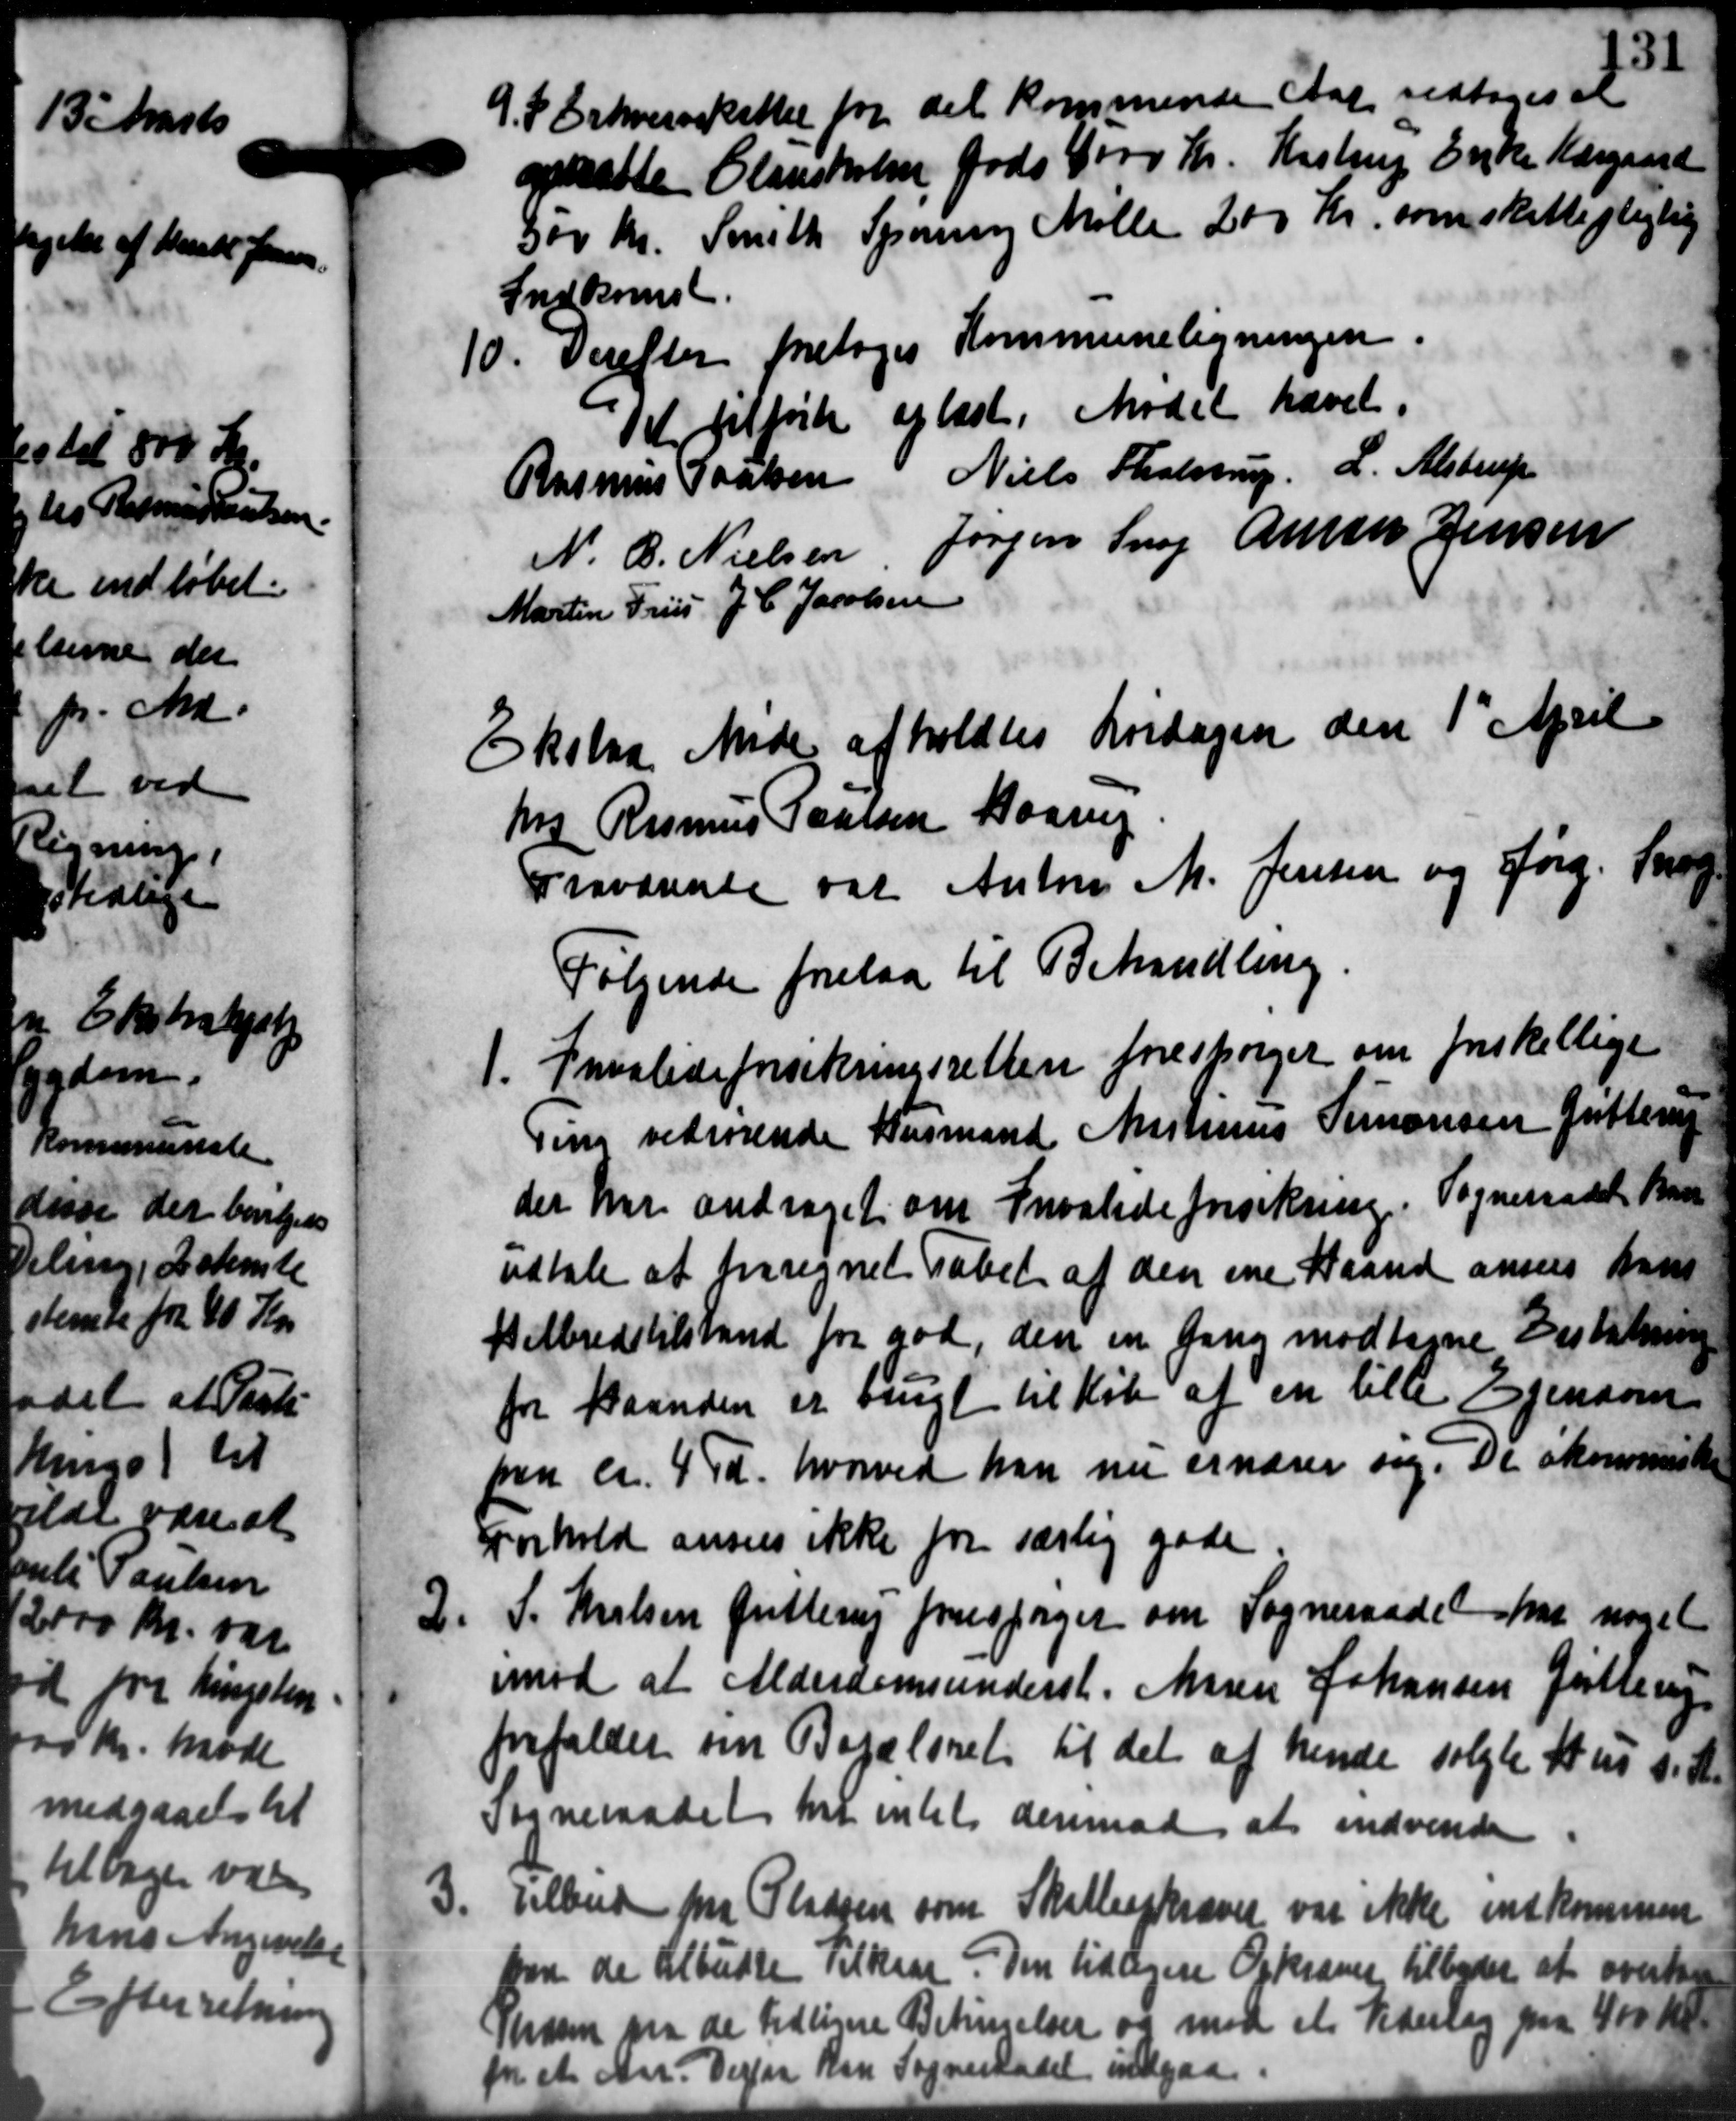
Transskription:
9.P Erhvervsskatter for det kommende Aar vedtoges at
9.P Erhvervsskatter for det kommende Aar vedtoges at
opsatte Clausholm Gods 4000 Kr. Kastrup Enke Kærgaard
500 Kr. Smith Spørring Mølle 200 Kr. som skattepligtig
Indkomst.
10. Derefter foretoges Kommuneligningen.
10. Derefter foretoges Kommuneligningen.
Det tilførte oplæst. Mødet hævet.
Rasmus Poulsen Niels Tholstrup L. Alstrup
N. C. Nielsen Jørgen Snog Ane Jensen
Martin Friis J. C. Jacobsen
Ekslaa Møde afholdtes Lørdagen den 1' April
hrs Rasmus Laursen Haarup
Fraværente var Anton M. Jensen og Jørg. Snog
Følgende forelaa til Behandling.
1. Invalideforsikringsretten forespørger om forskellige
1. Invalideforsikringsretten forespørger om forskellige
ing vedrørende Husmand Martinus Simonsen Jutterup
der har andrager om Invalideforsikring. Sogneraadet kan
udtale at forregnet Tabet af den ene Haand ansens hans
Helbredstilstand for god, den en Gang modtagne Erstatning
for Baanden er øvrigt til Køb af en lille Ejendom
paa ca. 4 Td. hvorved han nu ernærer sig. De økonomiske
Forhold ansens ikke for særlig gode
2. S. Nielsen fritterup forespørger om Sogneraadet har noget
2. S. Nielsen fritterup forespørger om Sogneraadet har noget
mod at Alderdomsunderst. Maren Johansen Jutterup
forfalder om Bopælsret til det af hende solgte Hus s. A.
Sogneraadet har intet derimod at indvende
3
Tilbud fra Pladsen som Skatteopkræver var ikke indkommen
om de tilbudte Tilkaar. Den tidligere Opkræver tilbyder at overtal
Trasen paa de tidligere Betimelser og med et Vederlag paa 400 Kr.
m et Aar. Derfor kan Sogneraadet indgaa.